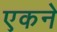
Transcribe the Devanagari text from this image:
एकने